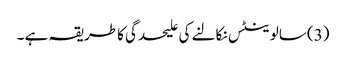
(3) سالوینٹس نکالنے کی علیحدگی کا طریقہ ہے ۔